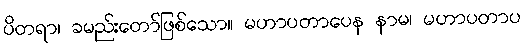
ပိတရာ၊ ခမည်းတော်ဖြစ်သော။ မဟာပတာပေန နာမ၊ မဟာပတာပ